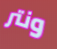
ونتر